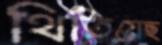
থিতিয়েছ